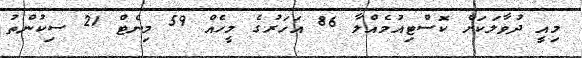
މިއީ ދުވާލަކަށް ކޮސްޓިއުމެއްލާ 86 އަހަރުގެ މީހެއް 59 މިނެޓް 21 ސިކުންތު